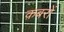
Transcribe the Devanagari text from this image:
क़बरों